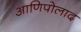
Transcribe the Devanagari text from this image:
आणिपोलाद